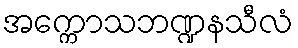
အက္ကောသဘဏ္ဍနသီလံ